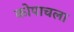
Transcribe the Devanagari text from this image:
कोपाचला